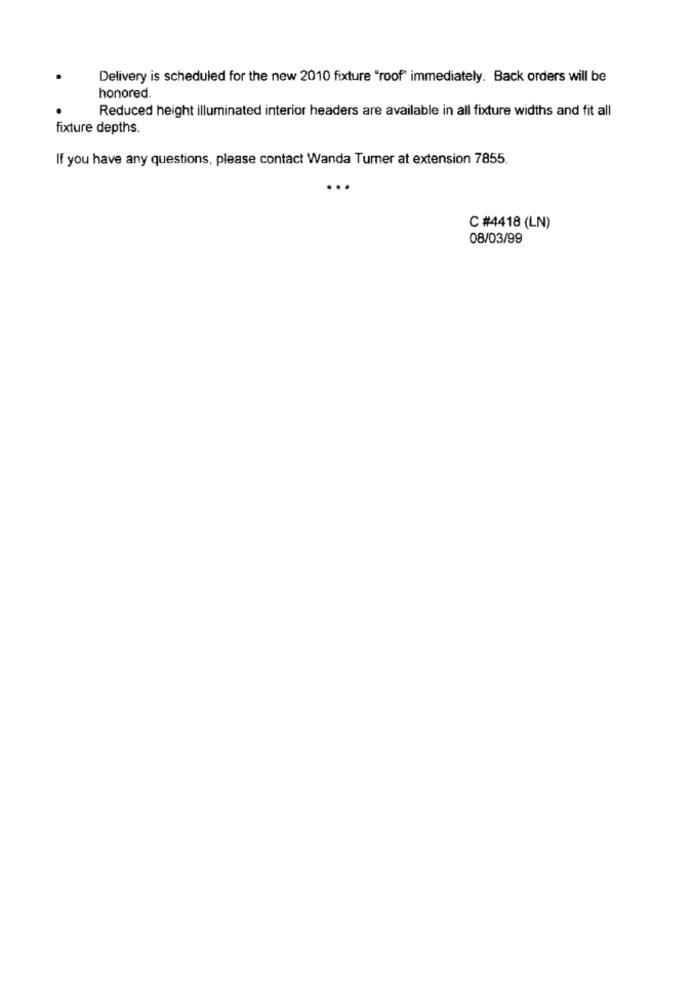
Delivery is scheduled for the new 2010 fixture "roof" immediately. Back orders will be
honored.
Reduced height illuminated interior headers are available in all fixture widths and fit all
fixture depths.
If you have any questions, please contact Wanda Turner at extension 7855.
C #4418 (LN)
08/03/99